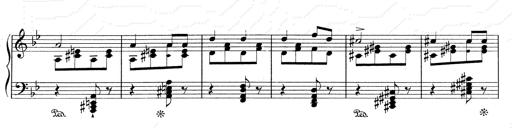
Title: RÃ©miniscences de Don Juan
Composer: Franz Liszt